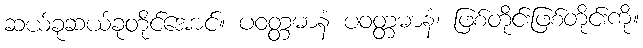
ဆယ်ခုဆယ်ခုတိုင်အောင်။ ပဝတ္တမာနံ ပဝတ္တမာနံ၊ ဖြစ်တိုင်းဖြစ်တိုင်းကို။